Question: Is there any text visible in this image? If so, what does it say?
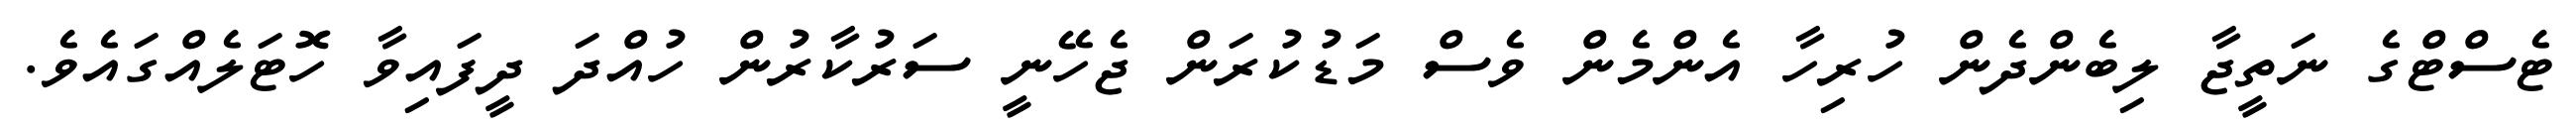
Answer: ޓެސްޓްގެ ނަތީޖާ ލިބެންދެން ހުރިހާ އެންމެން ވެސް މަޑުކުރަން ޖެހޭނީ ސަރުކާރުން ހުއްދަ ދީފައިވާ ހޮޓަލެއްގައެވެ.